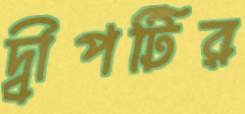
দ্বীপটির